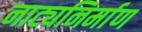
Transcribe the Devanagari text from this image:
नाट्यनिर्माण